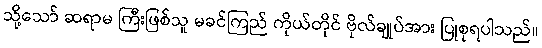
သို့သော် ဆရာမ ကြီးဖြစ်သူ မခင်ကြည် ကိုယ်တိုင် ဗိုလ်ချုပ်အား ပြုစုရပါသည်။